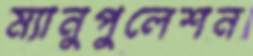
ম্যানুপুলেশন